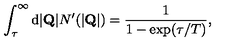
\int _ { \tau } ^ { \infty } \mathrm { d } | { \bf Q } | N ^ { \prime } ( | { \bf Q } | ) = \frac { 1 } { 1 - \mathrm { e x p } ( \tau / T ) } ,